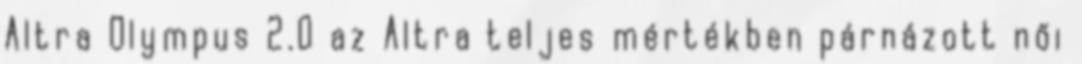
Altra Olympus 2.0 az Altra teljes mértékben párnázott női